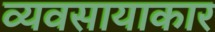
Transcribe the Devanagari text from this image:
व्यवसायाकार